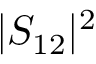
| S _ { 1 2 } | ^ { 2 }